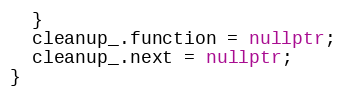
Language: C++
  }
  cleanup_.function = nullptr;
  cleanup_.next = nullptr;
}